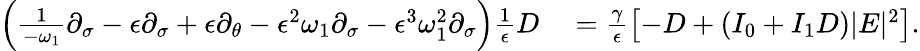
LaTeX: \begin{array}{rl}{\left(\frac{1}{-\omega_{1}}\partial_{\sigma}-\epsilon\partial_{\sigma}+\epsilon\partial_{\theta}-\epsilon^{2}\omega_{1}\partial_{\sigma}-\epsilon^{3}\omega_{1}^{2}\partial_{\sigma}\right)\frac{1}{\epsilon}D}&{{}=\frac{\gamma}{\epsilon}\left[-D+(I_{0}+I_{1}D)|E|^{2}\right].}\end{array}